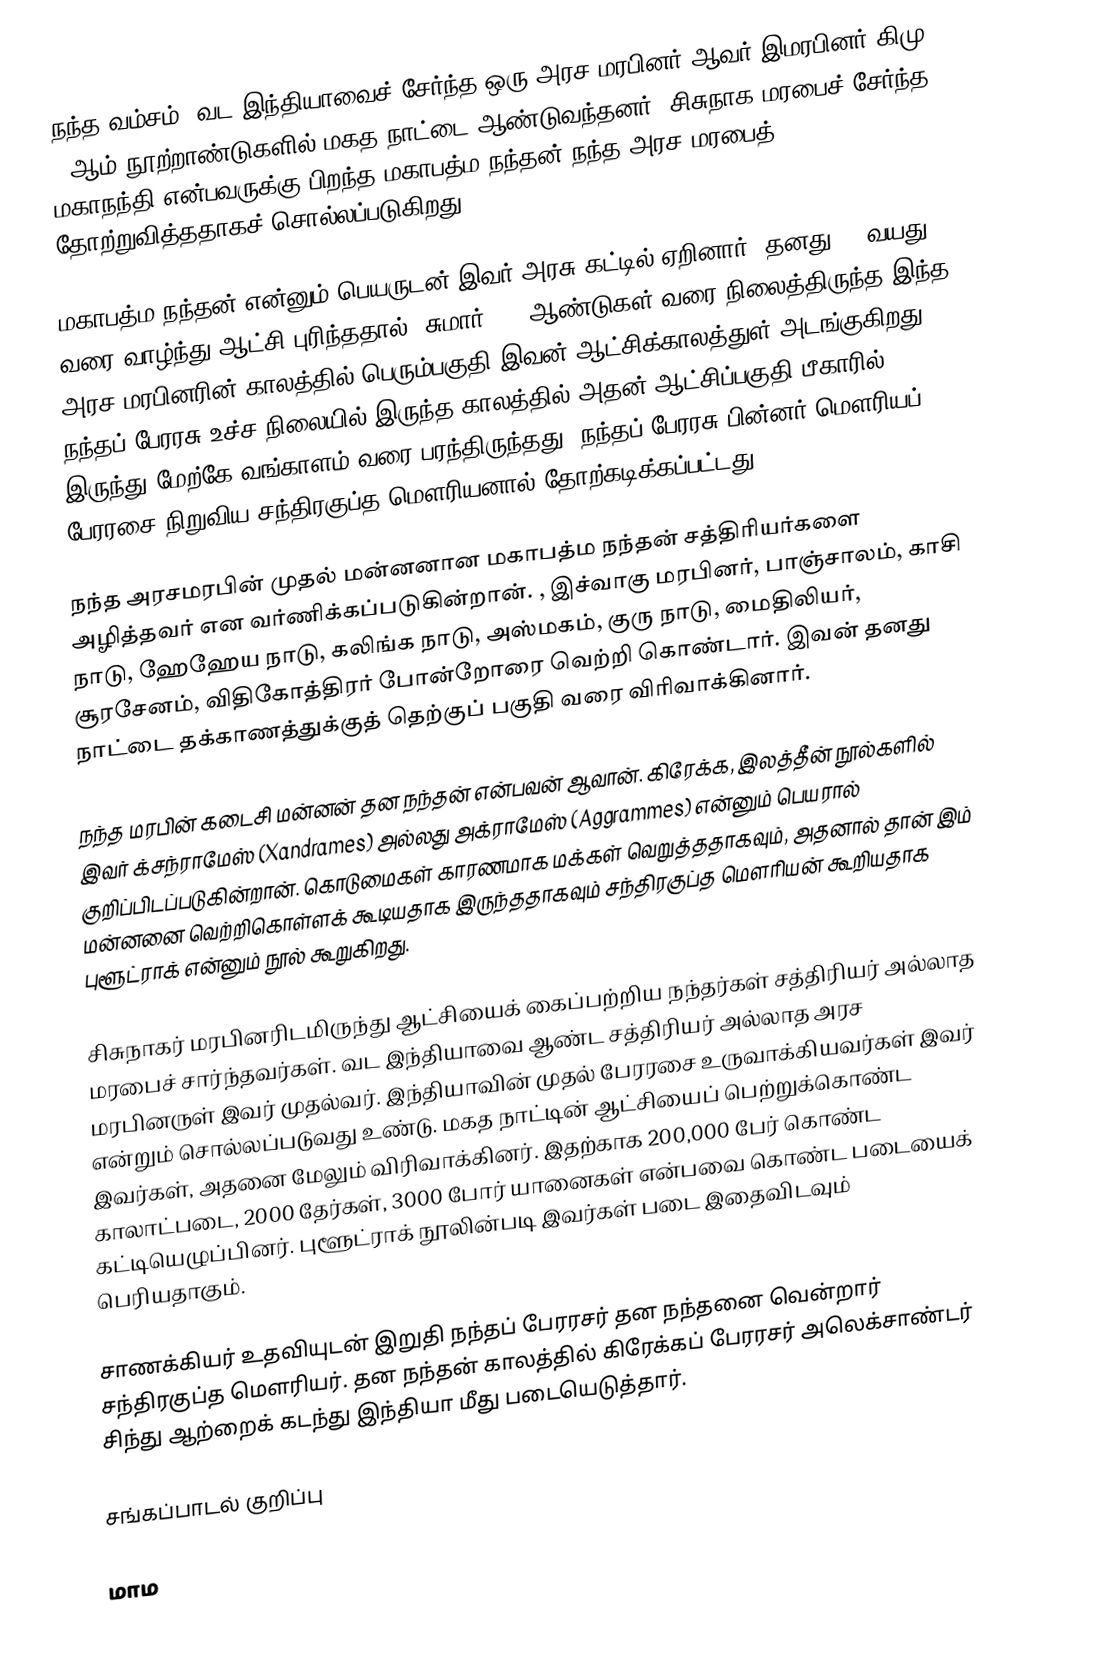
நந்த வம்சம், வட இந்தியாவைச் சேர்ந்த ஒரு அரச மரபினர் ஆவர்.இமரபினர்  கிமு 4-ஆம் நூற்றாண்டுகளில் மகத நாட்டை ஆண்டுவந்தனர். சிசுநாக மரபைச் சேர்ந்த மகாநந்தி என்பவருக்கு பிறந்த மகாபத்ம நந்தன் நந்த அரச மரபைத் தோற்றுவித்ததாகச் சொல்லப்படுகிறது.

மகாபத்ம நந்தன் என்னும் பெயருடன் இவர் அரசு கட்டில் ஏறினார். தனது 88 வயது வரை வாழ்ந்து ஆட்சி புரிந்ததால், சுமார் 100 ஆண்டுகள் வரை நிலைத்திருந்த இந்த அரச மரபினரின் காலத்தில் பெரும்பகுதி இவன் ஆட்சிக்காலத்துள் அடங்குகிறது. நந்தப் பேரரசு உச்ச நிலையில் இருந்த காலத்தில் அதன் ஆட்சிப்பகுதி பீகாரில் இருந்து மேற்கே வங்காளம் வரை பரந்திருந்தது. நந்தப் பேரரசு பின்னர் மௌரியப் பேரரசை நிறுவிய சந்திரகுப்த மௌரியனால் தோற்கடிக்கப்பட்டது.

நந்த அரசமரபின் முதல் மன்னனான மகாபத்ம நந்தன் சத்திரியர்களை அழித்தவர் என வர்ணிக்கப்படுகின்றான். , இச்வாகு மரபினர், பாஞ்சாலம், காசி நாடு, ஹேஹேய நாடு, கலிங்க நாடு, அஸ்மகம், குரு நாடு, மைதிலியர், சூரசேனம், விதிகோத்திரர் போன்றோரை வெற்றி கொண்டார். இவன் தனது நாட்டை தக்காணத்துக்குத் தெற்குப் பகுதி வரை விரிவாக்கினார்.

நந்த மரபின் கடைசி மன்னன் தன நந்தன் என்பவன் ஆவான். கிரேக்க, இலத்தீன் நூல்களில் இவர் க்சந்ராமேஸ் (Xandrames) அல்லது அக்ராமேஸ் (Aggrammes) என்னும் பெயரால் குறிப்பிடப்படுகின்றான்.  கொடுமைகள் காரணமாக மக்கள்  வெறுத்ததாகவும், அதனால் தான் இம் மன்னனை வெற்றிகொள்ளக் கூடியதாக இருந்ததாகவும் சந்திரகுப்த மௌரியன் கூறியதாக புளூட்ராக் என்னும் நூல் கூறுகிறது.

சிசுநாகர் மரபினரிடமிருந்து ஆட்சியைக் கைப்பற்றிய நந்தர்கள் சத்திரியர் அல்லாத மரபைச் சார்ந்தவர்கள். வட இந்தியாவை ஆண்ட சத்திரியர் அல்லாத அரச மரபினருள் இவர் முதல்வர். இந்தியாவின் முதல் பேரரசை உருவாக்கியவர்கள் இவர் என்றும் சொல்லப்படுவது உண்டு. மகத நாட்டின் ஆட்சியைப் பெற்றுக்கொண்ட இவர்கள், அதனை மேலும் விரிவாக்கினர். இதற்காக 200,000 பேர் கொண்ட காலாட்படை, 2000 தேர்கள், 3000 போர் யானைகள் என்பவை கொண்ட படையைக் கட்டியெழுப்பினர். புளூட்ராக் நூலின்படி இவர்கள் படை இதைவிடவும் பெரியதாகும்.

சாணக்கியர் உதவியுடன் இறுதி நந்தப் பேரரசர் தன நந்தனை வென்றார் சந்திரகுப்த மௌரியர். தன நந்தன் காலத்தில் கிரேக்கப் பேரரசர் அலெக்சாண்டர் சிந்து ஆற்றைக் கடந்து இந்தியா மீது படையெடுத்தார்.

சங்கப்பாடல் குறிப்பு

மாம